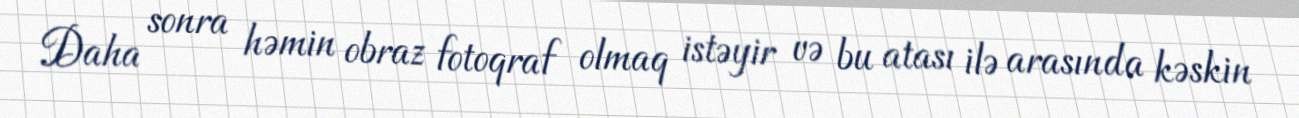
Daha sonra həmin obraz fotoqraf olmaq istəyir və bu atası ilə arasında kəskin